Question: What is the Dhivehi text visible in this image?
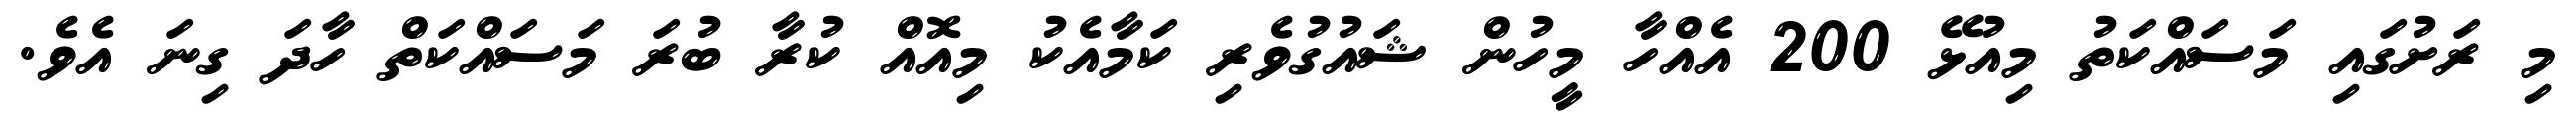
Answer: މި ރަށުގައި މަސައްކަތު މިއުޅޭ 200 އެއްހާ މީހުން ޝައުގުވެރި ކަމާއެކު މިއޮއް ކުރާ ބުރަ މަސައްކަތް ހާދަ ގިނަ އެވެ.